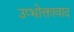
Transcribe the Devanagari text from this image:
उप्भोक्तावाद